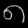
Digit: ၈